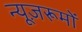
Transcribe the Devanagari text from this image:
न्यूज़रूमों